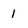
Character: I